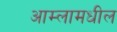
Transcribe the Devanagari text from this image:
आम्लामधील